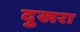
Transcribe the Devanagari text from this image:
दुखरा